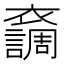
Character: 𧞴